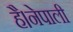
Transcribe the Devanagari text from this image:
है।नेपाली